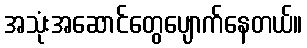
အသုံးအဆောင်တွေပျောက်နေတယ်။